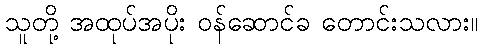
သူတို့ အထုပ်အပိုး ဝန်ဆောင်ခ တောင်းသလား။